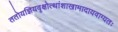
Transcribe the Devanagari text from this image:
ततोयज्ञियवृक्षोत्थांशाखामादायवाग्यतः